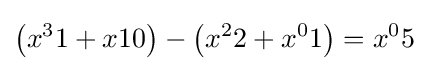
\left({x^{3}}1+{x}10\right)-\left({x^{2}}2+{x^{0}}1\right)={x^{0}}5